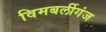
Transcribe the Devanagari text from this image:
विमबर्लीगंज